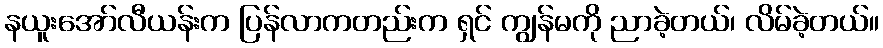
နယူးအော်လီယန်းက ပြန်လာကတည်းက ရှင် ကျွန်မကို ညာခဲ့တယ်၊ လိမ်ခဲ့တယ်။